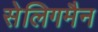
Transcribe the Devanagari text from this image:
सेलिगमैन